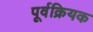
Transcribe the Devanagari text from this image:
पूर्वक्रियक